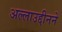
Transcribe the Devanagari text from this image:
अल्लाउद्दीनने